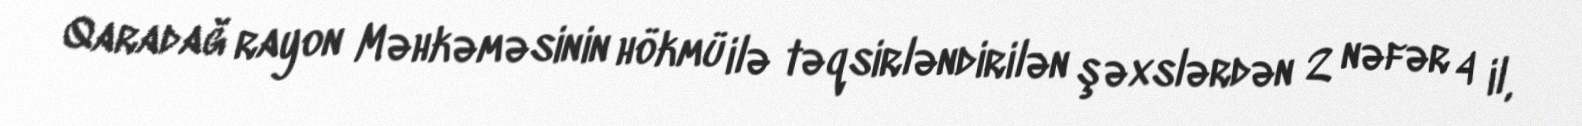
Qaradağ rayon Məhkəməsinin hökmü ilə təqsirləndirilən şəxslərdən 2 nəfər 4 il,